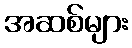
အဆစ်များ